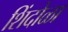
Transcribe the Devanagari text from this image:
शिंदोळा